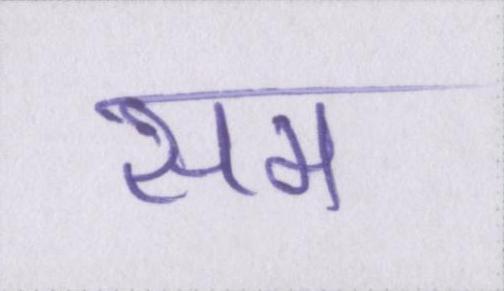
सम